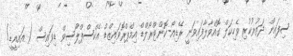
ސިފައިން ދަތުރުކުރި ވެހިކަލް ގޮއްވާލާފައިވަނީ ރޭޑިއޯ-ކޮންޓްރޯލްޑް އިމްޕްރޮވައިޒްޑް އެކްސްޕްލޯސިވް ޑިވައިސް ( އައިއީޑީ)